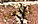
اللعب